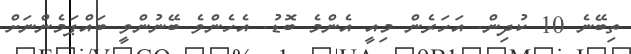
ތިބޭނެ 10 ކުދިން. އަހަރެން މިއީ އެންމެ ބޮޑު. އެހެންވެ ބޭނުންވީ ބައްޕަމެންނަށް